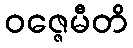
ဝဇ္ဇေမီတိ